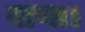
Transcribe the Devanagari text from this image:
बाणा।